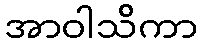
အာဝါသိကာ